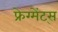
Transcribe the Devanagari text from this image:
फ्रेग्मेंट्स